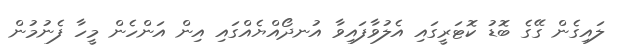
ލައިގެން ގޭގެ ބޮޑު ކޮޓަރީގައި އެލުވާފައިވާ އުނދޯއްޔެއްގައި އިން އަންހެން މީހާ ފެނުމުން